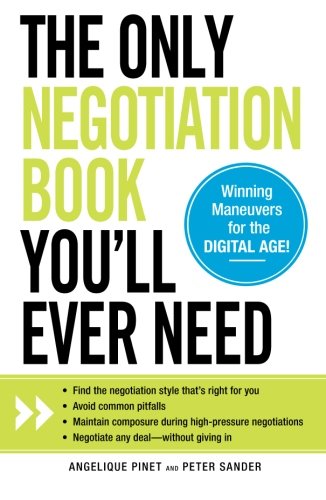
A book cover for The Only Negotiation Book You'll Ever Need: Find the negotiation style that's right for you, Avoid common pitfalls, Maintain composure during ... and Negotiate any deal - without giving in; Angelique Pinet; Business & Money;